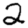
Digit: 2